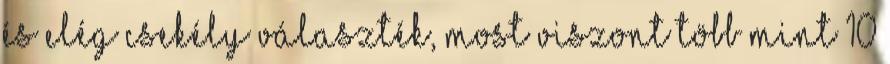
és elég csekély választék, most viszont több mint 10